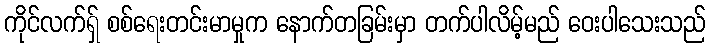
ကိုင်လက်ရှ် စစ်ရေးတင်းမာမှုက နောက်တခြမ်းမှာ တက်ပါလိမ့်မည် ဝေးပါသေးသည်